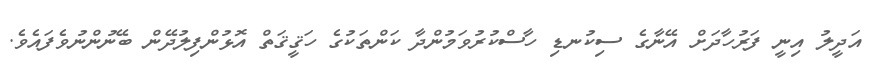
އަދީލު އިނީ ފަރުހާދަށް އޭނާގެ ސިކުނޑި ހާސްކުރުވަމުންދާ ކަންތަކުގެ ހަޤީޤަތް އޮޅުންފިލުދޭން ބޭނުންނުވެފައެވެ.